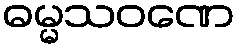
ဓမ္မသဝဏေ